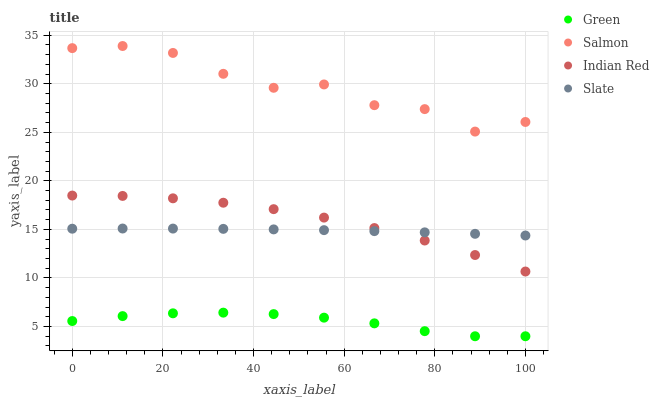
| xaxis_label | Green | Salmon | Indian Red | Slate |
 | --- | --- | --- | --- | --- |
 | 0 | 5.57 | 33.7 | 18.5 | 15.1 |
 | 11.1 | 6.07 | 33.9 | 18.4 | 15.1 |
 | 22.2 | 6.36 | 33.2 | 18.2 | 15.1 |
 | 33.3 | 6.43 | 31 | 17.7 | 15.1 |
 | 44.4 | 6.28 | 29.6 | 17.1 | 15 |
 | 55.6 | 5.91 | 29.9 | 16.2 | 14.9 |
 | 66.7 | 5.33 | 27.8 | 15.1 | 14.8 |
 | 77.8 | 4.52 | 27.4 | 13.9 | 14.7 |
 | 88.9 | 4 | 25.1 | 12.4 | 14.5 |
 | 100 | 4 | 26.1 | 10.7 | 14.4 |